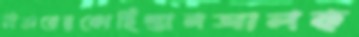
বিভারেরকোহিস্তানআলক